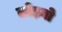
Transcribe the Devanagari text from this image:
लोड़बो